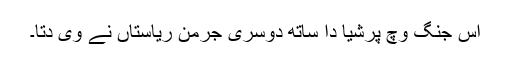
اس جنگ وچ پرشیا دا ساتھ دوسری جرمن ریاستاں نے وی دتا۔